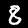
Label: 8